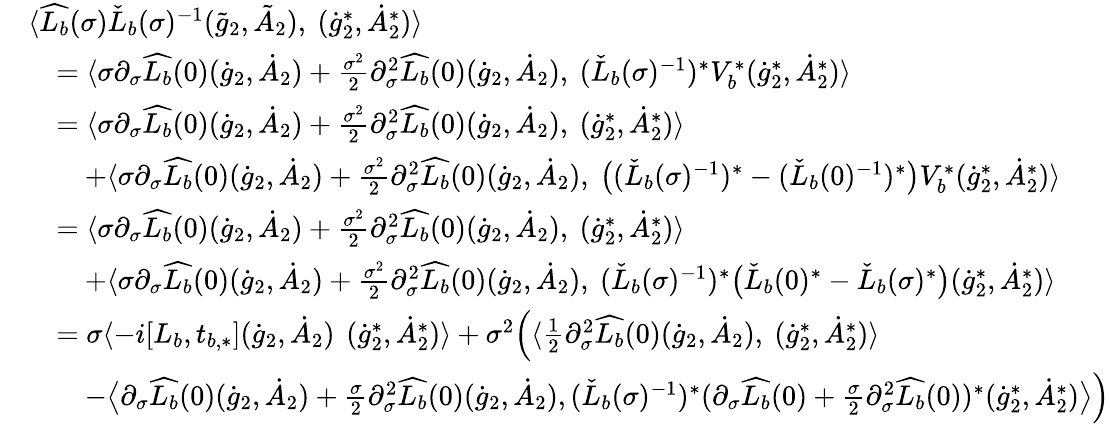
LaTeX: \begin{array}{rl}&{\langle\widehat{L_{b}}(\sigma)\check{L}_{b}(\sigma)^{-1}(\tilde{g}_{2},\tilde{A}_{2}),\ (\dot{g}_{2}^{*},\dot{A}_{2}^{*})\rangle}\\ &{\quad=\langle\sigma\partial_{\sigma}\widehat{L_{b}}(0)(\dot{g}_{2},\dot{A}_{2})+\frac{\sigma^{2}}{2}\partial_{\sigma}^{2}\widehat{L_{b}}(0)(\dot{g}_{2},\dot{A}_{2}),\ (\check{L}_{b}(\sigma)^{-1})^{*}V_{b}^{*}(\dot{g}_{2}^{*},\dot{A}_{2}^{*})\rangle}\\ &{\quad=\langle\sigma\partial_{\sigma}\widehat{L_{b}}(0)(\dot{g}_{2},\dot{A}_{2})+\frac{\sigma^{2}}{2}\partial_{\sigma}^{2}\widehat{L_{b}}(0)(\dot{g}_{2},\dot{A}_{2}),\ (\dot{g}_{2}^{*},\dot{A}_{2}^{*})\rangle}\\ &{\quad\quad+\langle\sigma\partial_{\sigma}\widehat{L_{b}}(0)(\dot{g}_{2},\dot{A}_{2})+\frac{\sigma^{2}}{2}\partial_{\sigma}^{2}\widehat{L_{b}}(0)(\dot{g}_{2},\dot{A}_{2}),\ \big((\check{L}_{b}(\sigma)^{-1})^{*}-(\check{L}_{b}(0)^{-1})^{*}\big)V_{b}^{*}(\dot{g}_{2}^{*},\dot{A}_{2}^{*})\rangle}\\ &{\quad=\langle\sigma\partial_{\sigma}\widehat{L_{b}}(0)(\dot{g}_{2},\dot{A}_{2})+\frac{\sigma^{2}}{2}\partial_{\sigma}^{2}\widehat{L_{b}}(0)(\dot{g}_{2},\dot{A}_{2}),\ (\dot{g}_{2}^{*},\dot{A}_{2}^{*})\rangle}\\ &{\quad\quad+\langle\sigma\partial_{\sigma}\widehat{L_{b}}(0)(\dot{g}_{2},\dot{A}_{2})+\frac{\sigma^{2}}{2}\partial_{\sigma}^{2}\widehat{L_{b}}(0)(\dot{g}_{2},\dot{A}_{2}),\ (\check{L}_{b}(\sigma)^{-1})^{*}\big(\check{L}_{b}(0)^{*}-\check{L}_{b}(\sigma)^{*}\big)(\dot{g}_{2}^{*},\dot{A}_{2}^{*})\rangle}\\ &{\quad=\sigma\langle-i[L_{b},t_{b,*}](\dot{g}_{2},\dot{A}_{2})\, \ (\dot{g}_{2}^{*},\dot{A}_{2}^{*})\rangle+\sigma^{2}\Big(\langle\frac{1}{2}\partial_{\sigma}^{2}\widehat{L_{b}}(0)(\dot{g}_{2},\dot{A}_{2}),\ (\dot{g}_{2}^{*},\dot{A}_{2}^{*})\rangle}\\ &{\quad\quad-\big\langle\partial_{\sigma}\widehat{L_{b}}(0)(\dot{g}_{2},\dot{A}_{2})+\frac{\sigma}{2}\partial_{\sigma}^{2}\widehat{L_{b}}(0)(\dot{g}_{2},\dot{A}_{2}),(\check{L}_{b}(\sigma)^{-1})^{*}(\partial_{\sigma}\widehat{L_{b}}(0)+\frac{\sigma}{2}\partial_{\sigma}^{2}\widehat{L_{b}}(0))^{*}(\dot{g}_{2}^{*},\dot{A}_{2}^{*})\big\rangle\Big)}\end{array}